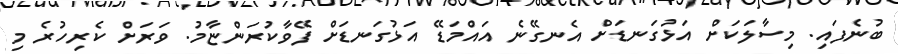
ބުނެފައި. މިސާލަކަށް އަޅުގަނޑަށް އެނގޭނެ އައްމަޑޭ އަޅުގަނޑަށް ފޭވާކުރަންޏާމު. ވަރަށް ކެރިހުރެ މި